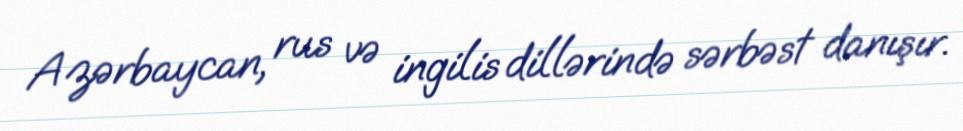
Azərbaycan, rus və ingilis dillərində sərbəst danışır.